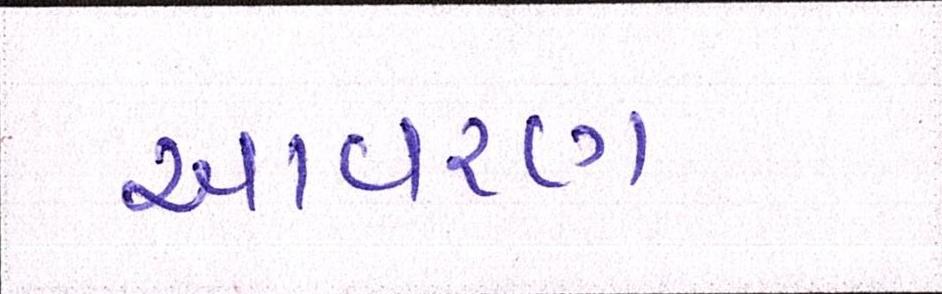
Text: આવરણ